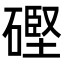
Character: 䃘